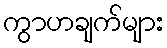
ကွာဟချက်များ